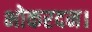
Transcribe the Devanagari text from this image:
भोकरदन।